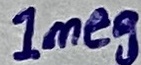
Text: 1meg